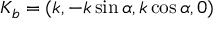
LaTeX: K _ { b } = ( k , - k \sin \alpha , k \cos \alpha , 0 )